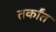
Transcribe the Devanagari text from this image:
तर्कांत